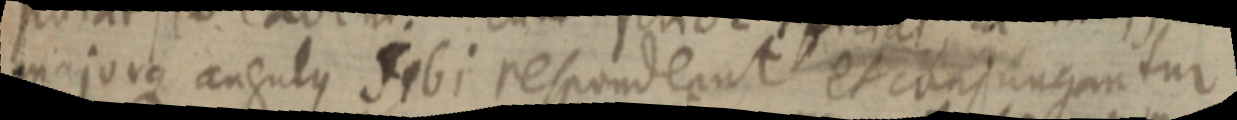
majorus angulus sibi respondeant et conjungantur